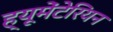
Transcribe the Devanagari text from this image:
ह्यूमेंटेरियन